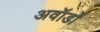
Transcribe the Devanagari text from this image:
अवॉर्डों